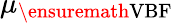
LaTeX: \mu_{\ensuremath{\mathrm{VBF}}}